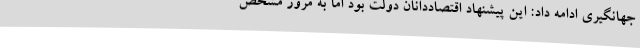
جهانگیری ادامه داد: این پیشنهاد اقتصاددانان دولت بود اما به مرور مشخص